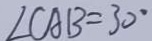
\angle C A B = 3 0 ^ { \circ }